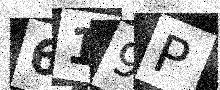
Text: 619P